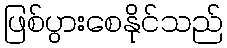
ဖြစ်ပွားစေနိုင်သည်